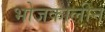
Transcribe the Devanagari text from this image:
भोजकालीन